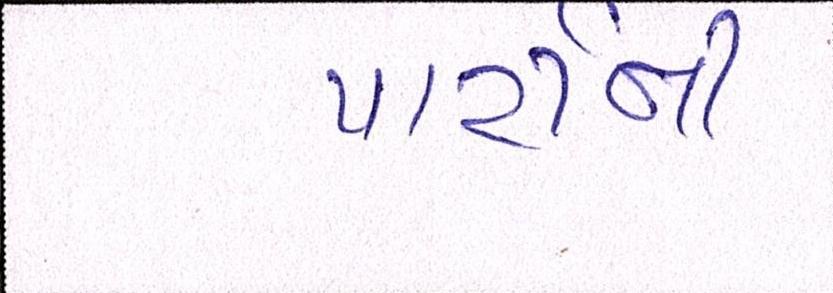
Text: પાર્ટીની